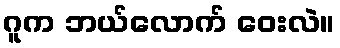
ဂူက ဘယ်လောက် ဝေးလဲ။